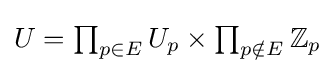
\textstyle U=\prod _{p\in E}U_{p}\times \prod _{p\notin E}\mathbb {Z} _{p}